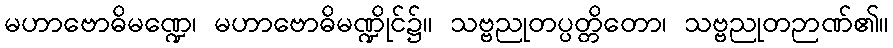
မဟာဗောဓိမဏ္ဍေ၊ မဟာဗောဓိမဏ္ဍိုင်၌။ သဗ္ဗညုတပ္ပတ္တိတော၊ သဗ္ဗညုတဉာဏ်၏။